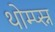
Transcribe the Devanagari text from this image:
थोम्प्स्न